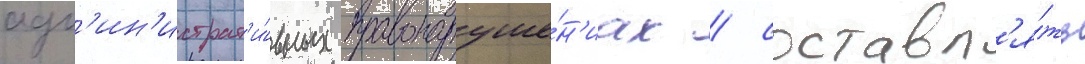
адм'ин'истрат'и́вных правонаруше́н'иах / составл'я́ть